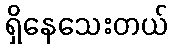
ရှိနေသေးတယ်